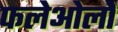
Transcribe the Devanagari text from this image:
फलेओलो